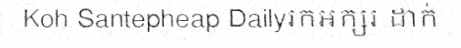
Koh Santepheap Dailyរកអក្សរ ដាក់